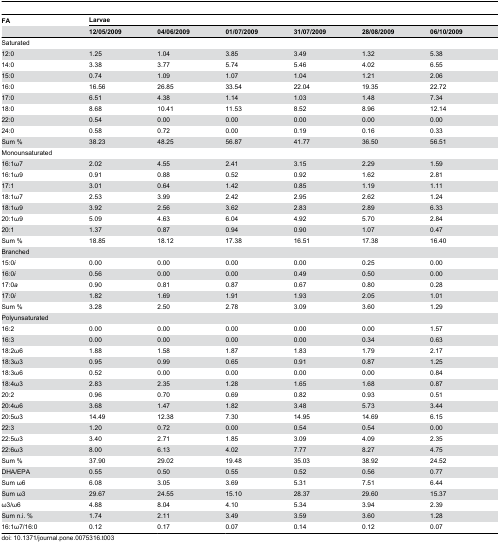
<table><thead><tr><td><b>FA</b></td><td colspan="6"><b>Larvae</b></td></tr><tr><td></td><td><b>12/05/2009</b></td><td><b>04/06/2009</b></td><td><b>01/07/2009</b></td><td><b>31/07/2009</b></td><td><b>28/08/2009</b></td><td><b>06/10/2009</b></td></tr></thead><tbody><tr><td colspan="7">Saturated</td></tr><tr><td>12:0</td><td>1.25</td><td>1.04</td><td>3.85</td><td>3.49</td><td>1.32</td><td>5.38</td></tr><tr><td>14:0</td><td>3.38</td><td>3.77</td><td>5.74</td><td>5.46</td><td>4.02</td><td>6.55</td></tr><tr><td>15:0</td><td>0.74</td><td>1.09</td><td>1.07</td><td>1.04</td><td>1.21</td><td>2.06</td></tr><tr><td>16:0</td><td>16.56</td><td>26.85</td><td>33.54</td><td>22.04</td><td>19.35</td><td>22.72</td></tr><tr><td>17:0</td><td>6.51</td><td>4.38</td><td>1.14</td><td>1.03</td><td>1.48</td><td>7.34</td></tr><tr><td>18:0</td><td>8.68</td><td>10.41</td><td>11.53</td><td>8.52</td><td>8.96</td><td>12.14</td></tr><tr><td>22:0</td><td>0.54</td><td>0.00</td><td>0.00</td><td>0.00</td><td>0.00</td><td>0.00</td></tr><tr><td>24:0</td><td>0.58</td><td>0.72</td><td>0.00</td><td>0.19</td><td>0.16</td><td>0.33</td></tr><tr><td>Sum %</td><td>38.23</td><td>48.25</td><td>56.87</td><td>41.77</td><td>36.50</td><td>56.51</td></tr><tr><td colspan="7">Monounsaturated</td></tr><tr><td>16:1ω7</td><td>2.02</td><td>4.55</td><td>2.41</td><td>3.15</td><td>2.29</td><td>1.59</td></tr><tr><td>16:1ω9</td><td>0.91</td><td>0.88</td><td>0.52</td><td>0.92</td><td>1.62</td><td>2.81</td></tr><tr><td>17:1</td><td>3.01</td><td>0.64</td><td>1.42</td><td>0.85</td><td>1.19</td><td>1.11</td></tr><tr><td>18:1ω7</td><td>2.53</td><td>3.99</td><td>2.42</td><td>2.95</td><td>2.62</td><td>1.24</td></tr><tr><td>18:1ω9</td><td>3.92</td><td>2.56</td><td>3.62</td><td>2.83</td><td>2.89</td><td>6.33</td></tr><tr><td>20:1ω9</td><td>5.09</td><td>4.63</td><td>6.04</td><td>4.92</td><td>5.70</td><td>2.84</td></tr><tr><td>20:1</td><td>1.37</td><td>0.87</td><td>0.94</td><td>0.90</td><td>1.07</td><td>0.47</td></tr><tr><td>Sum %</td><td>18.85</td><td>18.12</td><td>17.38</td><td>16.51</td><td>17.38</td><td>16.40</td></tr><tr><td colspan="7">Branched</td></tr><tr><td>15:0<i>i</i></td><td>0.00</td><td>0.00</td><td>0.00</td><td>0.00</td><td>0.25</td><td>0.00</td></tr><tr><td>16:0<i>i</i></td><td>0.56</td><td>0.00</td><td>0.00</td><td>0.49</td><td>0.50</td><td>0.00</td></tr><tr><td>17:0<i>a</i></td><td>0.90</td><td>0.81</td><td>0.87</td><td>0.67</td><td>0.80</td><td>0.28</td></tr><tr><td>17:0<i>i</i></td><td>1.82</td><td>1.69</td><td>1.91</td><td>1.93</td><td>2.05</td><td>1.01</td></tr><tr><td>Sum %</td><td>3.28</td><td>2.50</td><td>2.78</td><td>3.09</td><td>3.60</td><td>1.29</td></tr><tr><td colspan="7">Polyunsaturated</td></tr><tr><td>16:2</td><td>0.00</td><td>0.00</td><td>0.00</td><td>0.00</td><td>0.00</td><td>1.57</td></tr><tr><td>16:3</td><td>0.00</td><td>0.00</td><td>0.00</td><td>0.00</td><td>0.34</td><td>0.63</td></tr><tr><td>18:2ω6</td><td>1.88</td><td>1.58</td><td>1.87</td><td>1.83</td><td>1.79</td><td>2.17</td></tr><tr><td>18:3ω3</td><td>0.95</td><td>0.99</td><td>0.65</td><td>0.91</td><td>0.87</td><td>1.25</td></tr><tr><td>18:3ω6</td><td>0.52</td><td>0.00</td><td>0.00</td><td>0.00</td><td>0.00</td><td>0.84</td></tr><tr><td>18:4ω3</td><td>2.83</td><td>2.35</td><td>1.28</td><td>1.65</td><td>1.68</td><td>0.87</td></tr><tr><td>20:2</td><td>0.96</td><td>0.70</td><td>0.69</td><td>0.82</td><td>0.93</td><td>0.51</td></tr><tr><td>20:4ω6</td><td>3.68</td><td>1.47</td><td>1.82</td><td>3.48</td><td>5.73</td><td>3.44</td></tr><tr><td>20:5ω3</td><td>14.49</td><td>12.38</td><td>7.30</td><td>14.95</td><td>14.69</td><td>6.15</td></tr><tr><td>22:3</td><td>1.20</td><td>0.72</td><td>0.00</td><td>0.54</td><td>0.54</td><td>0.00</td></tr><tr><td>22:5ω3</td><td>3.40</td><td>2.71</td><td>1.85</td><td>3.09</td><td>4.09</td><td>2.35</td></tr><tr><td>22:6ω3</td><td>8.00</td><td>6.13</td><td>4.02</td><td>7.77</td><td>8.27</td><td>4.75</td></tr><tr><td>Sum %</td><td>37.90</td><td>29.02</td><td>19.48</td><td>35.03</td><td>38.92</td><td>24.52</td></tr><tr><td>DHA/EPA</td><td>0.55</td><td>0.50</td><td>0.55</td><td>0.52</td><td>0.56</td><td>0.77</td></tr><tr><td>Sum ω6</td><td>6.08</td><td>3.05</td><td>3.69</td><td>5.31</td><td>7.51</td><td>6.44</td></tr><tr><td>Sum ω3</td><td>29.67</td><td>24.55</td><td>15.10</td><td>28.37</td><td>29.60</td><td>15.37</td></tr><tr><td>ω3/ω6</td><td>4.88</td><td>8.04</td><td>4.10</td><td>5.34</td><td>3.94</td><td>2.39</td></tr><tr><td>Sum n.i. %</td><td>1.74</td><td>2.11</td><td>3.49</td><td>3.59</td><td>3.60</td><td>1.28</td></tr><tr><td>16:1ω7/16:0</td><td>0.12</td><td>0.17</td><td>0.07</td><td>0.14</td><td>0.12</td><td>0.07</td></tr></tbody></table>